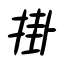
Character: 掛